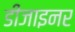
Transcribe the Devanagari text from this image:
डीजाइनर